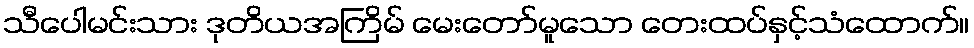
သီပေါမင်းသား ဒုတိယအကြိမ် မေးတော်မူသော တေးထပ်နှင့်သံထောက်။